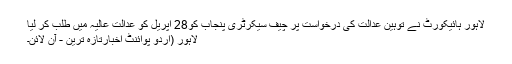
لاہور ہائیکورٹ نے توہین عدالت کی درخواست پر چیف سیکرٹری پنجاب کو28 اپریل کو عدالت عالیہ میں طلب کر لیا
لاہور (اُردو پوائنٹ اخبارتازہ ترین - آن لائن۔